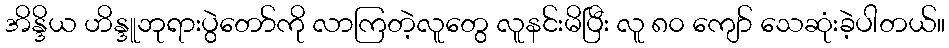
အိန္ဒိယ ဟိန္ဒူဘုရားပွဲတော်ကို လာကြတဲ့လူတွေ လူနင်းမိပြီး လူ ၈၀ ကျော် သေဆုံးခဲ့ပါတယ်။